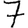
Digit: 7